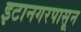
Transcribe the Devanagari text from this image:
इटानगरपासून